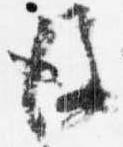
後